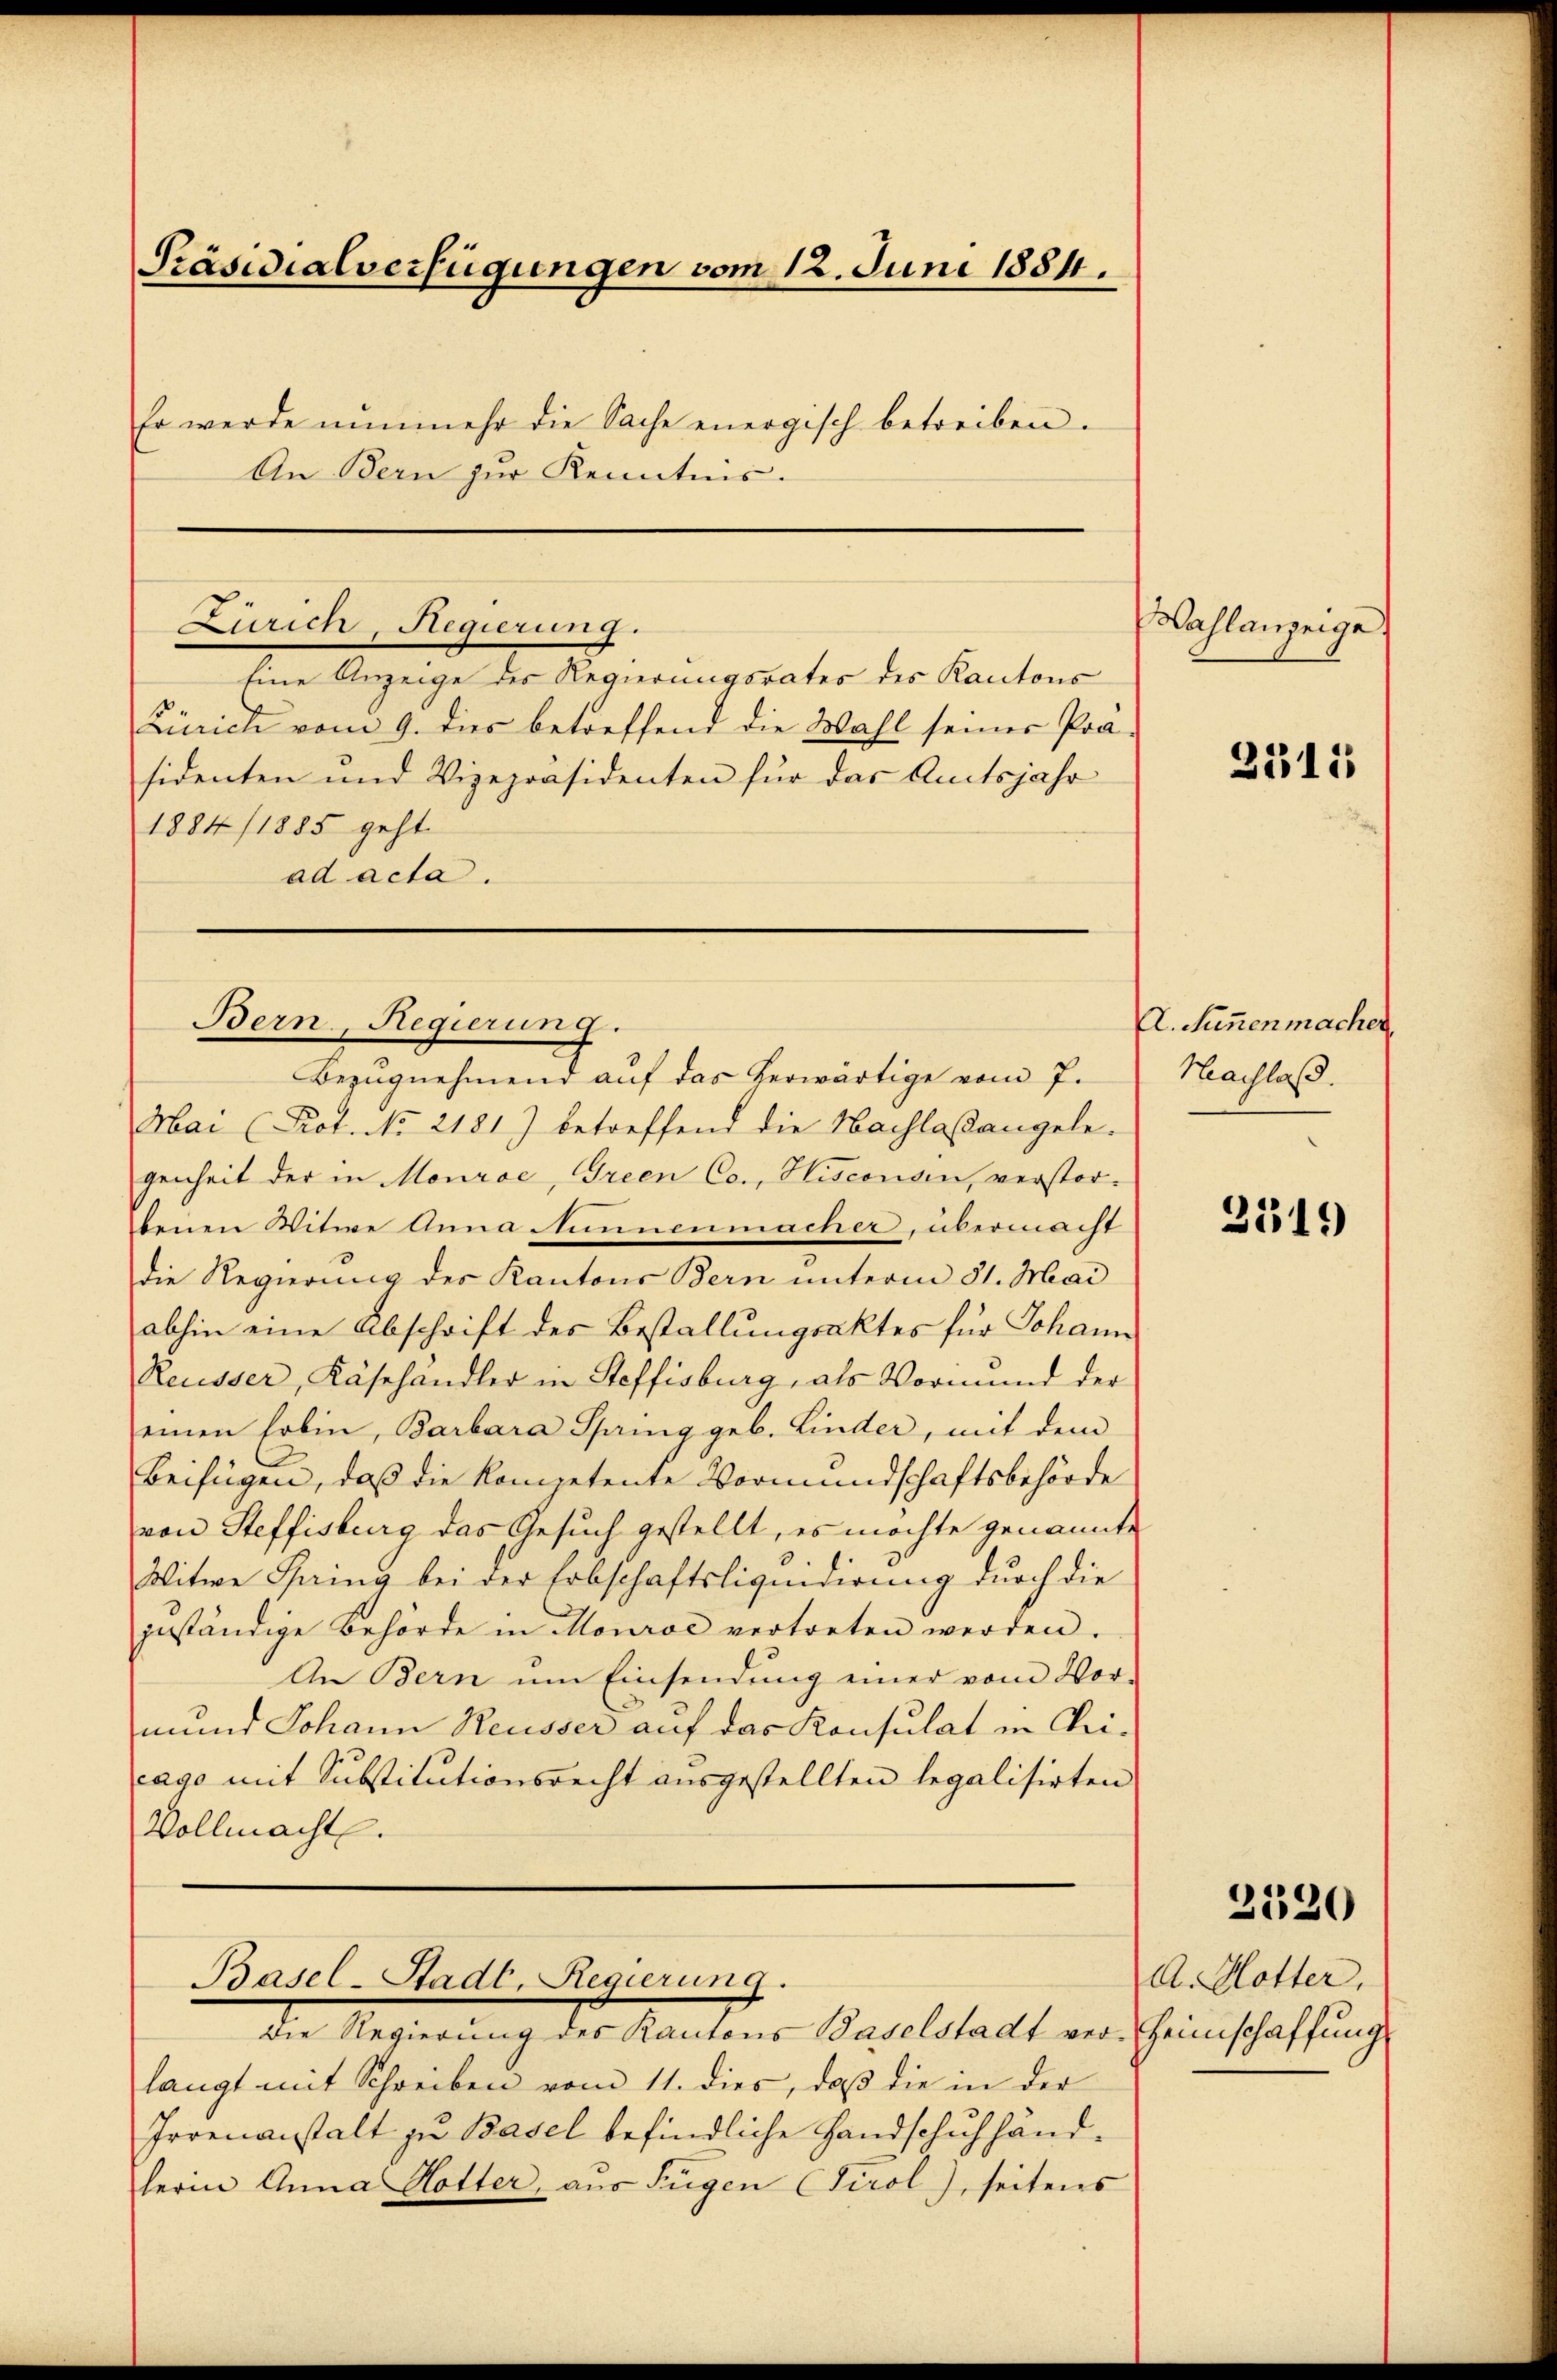
Präsidialverfügungen vom 12. Juni 1884.
Er werde nunmehr die Sache energisch betreiben.
An Bern zur Kenntnis.

Zürich, Regierung.

Bern Regierung.

Basel-Stadt, Regierung.
Die Regierung des Kantons Baselstadt ver-Heimschaffung

Eine Anzeige des Regierungsrates des Kantons
Zürich vom 9. dies betreffend die Wahl seiner Prä-
sidenten und Vizepräsidenten für das Amtsjahr
1884/1885 geht.
ad acta.

Bezŭgnehmend auf das herwärtige vom 7.
Mar (Prot. No 2181) betreffend die Nachlaßangelegenheit der in Monroe, Green Co., Hisconsen, verstorbenen Witwe Anna Nunnenmacher, übermacht
die Regierung des Kantons Bern unterm 31. Mai
abhin eine Abschrift des Bestallungsaktes für Johann
Reusser, Käsehändler in Steffisburg, als Vormund der
einen Erbin, Barbara Spang geb. Linder, mit dem
Beifügen, daß die kompetente Vormundschaftsbehörde
von Steffisburg das Gesuch gestellt, es möchte genannte
Witwe Spring bei der Erbschaftsliquidirung durch die
jeständige Behörde in Monroć vertreten werden.
An Bern um Einsendŭng einer vom Vor-
mund Johann Reusser auf das Konsulat in Chri-
cago mit Substitutionsrecht ausgestellten legalisirten
Vollmachte.

langt mit Schreiben vom 11. dies, daβ die in der
Irrenanstalt zu Basel befindliche Handschuhhändherin Anna Hotter, aus Fügen (Tirol), seitens

Wahlanzeige

2315

A. Tunnenmacher
Nachlaß.

3319

2520

A. Hotter,